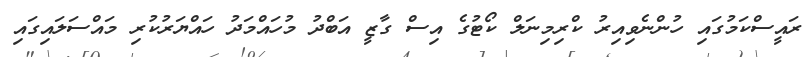
ރައީސްކަމުގައި ހުންނެވިއިރު ކްރިމިނަލް ކޯޓުގެ އިސް ގާޒީ އަބްދު މުހައްމަދު ހައްޔަރުކުރި މައްސަލައިގައި